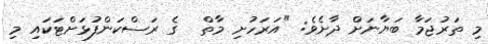
މި ތަރުޖަމާ ބަޔާނަށް ދާށެވެ: "އަރަހުށި މާތް  ގެ ރަސްކަންފުޅަށްޓަކައި މި